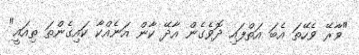
"ވާރޭ ވެހޭތަ އެބަ އަތްފައި ދޮވެގެން އާދޭ ކާން އަނެއްކާ ކައިގެންތަ ތިއައީ"